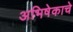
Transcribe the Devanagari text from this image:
अभिषेकाचे